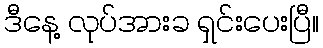
ဒီနေ့ လုပ်အားခ ရှင်းပေးပြီ။